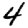
Digit: 4